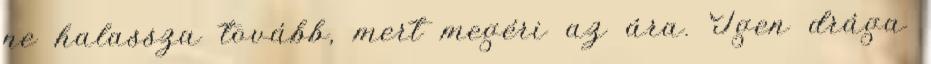
ne halassza tovább, mert megéri az ára. Igen drága